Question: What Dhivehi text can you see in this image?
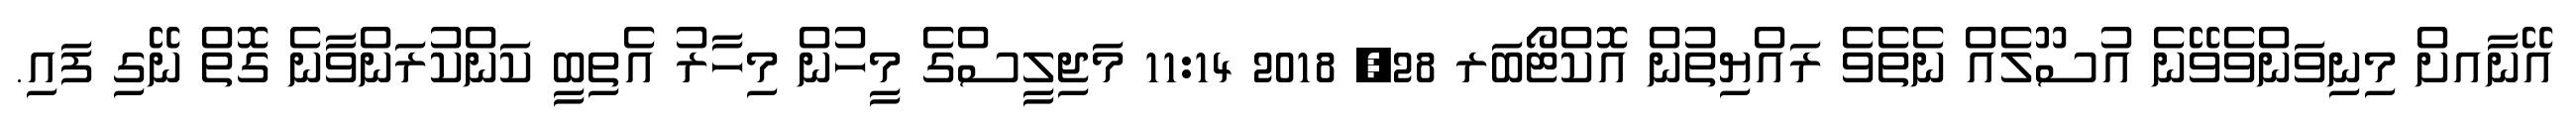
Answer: އޭނާއށް މިނިވަންވެވޭނެ އުސޫލެއް ނެތެވެ ރައްޔިތުން އޮކްޓޯބަރ 28, 2018 11:14 މަޖިލީސްގެ މީހުން މިހާރު އެތިބީ ކަންކުރަންވާނެ ގޮތް ނޭގި ފައި.